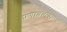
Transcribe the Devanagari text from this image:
प्रणावत्मक